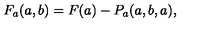
F _ { a } ( a , b ) = F ( a ) - P _ { a } ( a , b , a ) ,